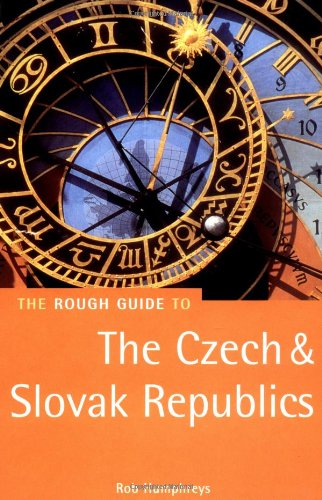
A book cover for The Rough Guide to The Czech & Slovak Republics; Rob Humphreys; Travel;